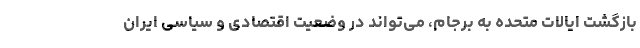
بازگشت ایالات متحده به برجام، می‌تواند در وضعیت اقتصادی و سیاسی ایران